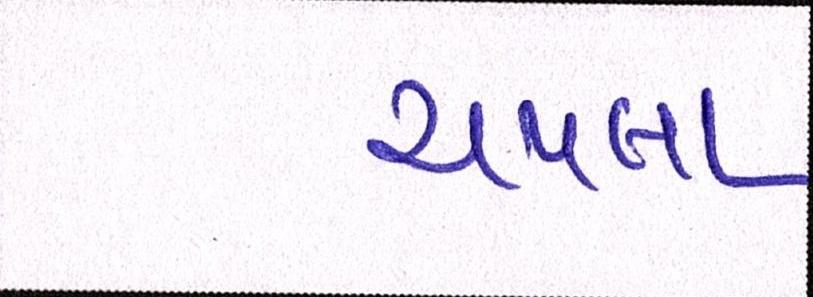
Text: ચપલા